Civil Veterinary Department ledger series I-VI
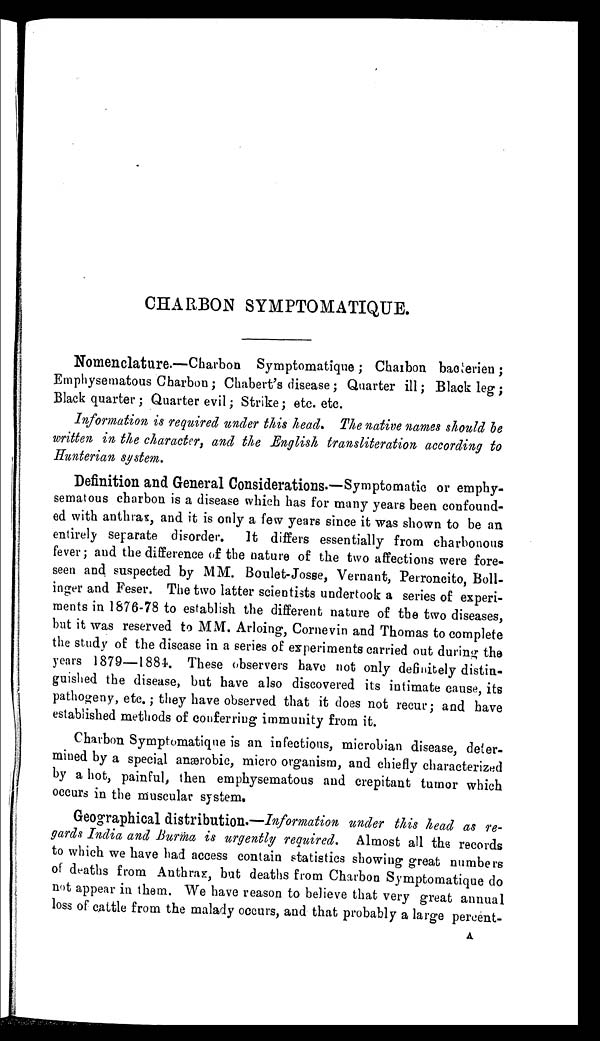
CHARBON SYMPTOMATIQUE.
Nomenclature.—Charbon Symptomatique; Charbon bacterien;
Emphysematous Charbon; Chabert's disease; Quarter ill; Black leg;
Black quarter; Quarter evil; Strike; etc. etc.
Information is required under this head. The native names should be
written in the character, and the English transliteration according to
Hunterian system.
Definition and General Considerations.—Symptomatic or emphy-
sematous charbon is a disease which has for many years been confound-
ed with anthrax, and it is only a few years since it was shown to be an
entirely separate disorder.
It differs essentially from charbonous
fever; and the difference of the nature of the two affections were fore-
seen and suspected by MM. Boulet-Josse, Vernant, Perroncito, Boll-
inger and Feser. The two latter scientists undertook a series of experi-
ments in 1876-78 to establish the different nature of the two diseases,
but it was reserved to MM. Arloing, Cornevin and Thomas to complete
the study of the disease in a series of experiments carried out during the
years 1879—1884. These observers have not only definitely distin-
guished the disease, but have also discovered its intimate cause, its
pathogeny, etc.; they have observed that it does not recur; and have
established methods of conferring immunity from it.
Charbon Symptomatique is an infectious, microbian disease, deter-
mined by a special anærobic, micro organism, and chiefly characterized
by a hot, painful, then emphysematous and crepitant tumor which
occurs in the muscular system.
Geographical distribution.—Information under this head as re-
gards India and Burma is urgently required. Almost all the records
to which we have had access contain statistics showing great numbers
of deaths from Anthrax, but deaths from Charbon Symptomatique do
not appear in them. We have reason to believe that very great annual
loss of cattle from the malady occurs, and that probably a large percent-
A